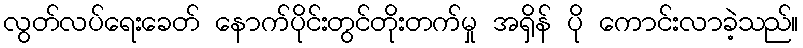
လွတ်လပ်ရေးခေတ် နောက်ပိုင်းတွင်တိုးတက်မှု အရှိန် ပို ကောင်းလာခဲ့သည်။